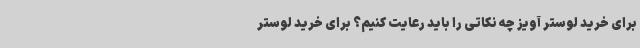
برای خرید لوستر آویز چه نکاتی را باید رعایت کنیم؟ برای خرید لوستر